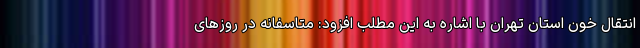
انتقال خون استان تهران با اشاره به این مطلب افزود: متاسفانه در روزهای